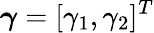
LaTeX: \boldsymbol{\gamma}=[\gamma_{1},\gamma_{2}]^{T}